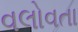
વલોવતા